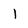
Character: 1